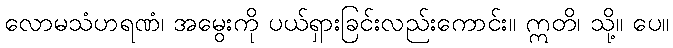
လောမသံဟရဏံ၊ အမွေးကို ပယ်ရှားခြင်းလည်းကောင်း။ ဣတိ၊ သို့။ ပေ။